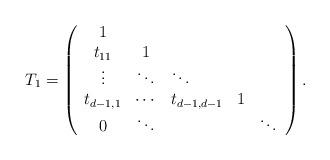
LaTeX: \begin{align*}T_1=\left( \begin{array}{ccccc}1 & & & & \\ t_{11} & 1 & & & \\ \vdots & \ddots & \multicolumn{1}{l}{\ddots} & \multicolumn{1}{l}{} & \\ t_{d-1,1} & \cdots & t_{d-1,d-1} & 1 & \\ 0 & \ddots & & & \ddots\end{array}\right) . \end{align*}